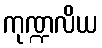
ကုဏ္ဍလိယ